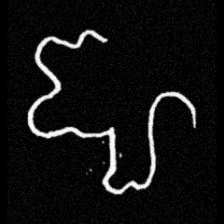
Pyu character \u2014 Myanmar letter: ဈ (romanized: jha)